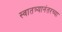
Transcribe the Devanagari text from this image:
स्वातत्र्यानंतरच्या